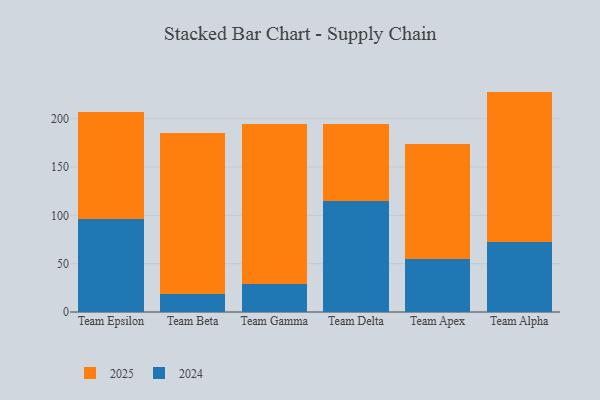
{"axis": {"x": "Team", "y": "Churn Rate (%)"}, "legend": ["2024", "2025"], "data": [{"x": "Team Epsilon", "y": 110.7, "type": "2025"}, {"x": "Team Epsilon", "y": 96.5, "type": "2024"}, {"x": "Team Beta", "y": 166.9, "type": "2025"}, {"x": "Team Beta", "y": 18.8, "type": "2024"}, {"x": "Team Gamma", "y": 165.6, "type": "2025"}, {"x": "Team Gamma", "y": 29.2, "type": "2024"}, {"x": "Team Delta", "y": 79.6, "type": "2025"}, {"x": "Team Delta", "y": 114.7, "type": "2024"}, {"x": "Team Apex", "y": 118.3, "type": "2025"}, {"x": "Team Apex", "y": 55.2, "type": "2024"}, {"x": "Team Alpha", "y": 155.3, "type": "2025"}, {"x": "Team Alpha", "y": 72.8, "type": "2024"}]}